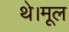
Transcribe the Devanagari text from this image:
थे।मूल